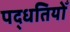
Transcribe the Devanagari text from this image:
पद्धतियोँ